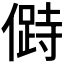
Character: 𠍰